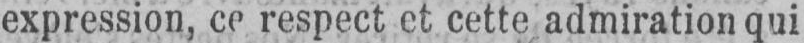
expression, ce respect et cette admiration qui